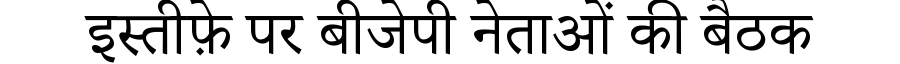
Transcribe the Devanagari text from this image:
इस्तीफ़े पर बीजेपी नेताओं की बैठक